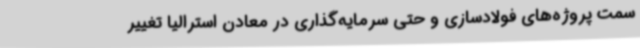
سمت پروژه‌های فولادسازی و حتی سرمایه‌گذاری در معادن استرالیا تغییر